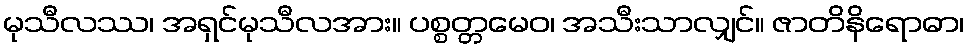
မုသီလဿ၊ အရှင်မုသီလအား။ ပစ္စတ္တမေဝ၊ အသီးသာလျှင်။ ဇာတိနိရောဓာ၊